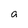
Character: a